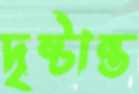
দৃষ্টান্ত